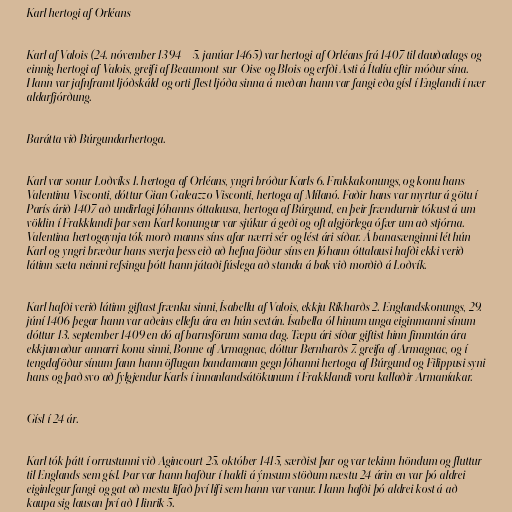
Karl hertogi af Orléans

Karl af Valois (24. nóvember 1394 – 5. janúar 1465) var hertogi af Orléans frá 1407 til dauðadags og
einnig hertogi af Valois, greifi af Beaumont-sur-Oise og Blois og erfði Asti á Ítalíu eftir móður sína.
Hann var jafnframt ljóðskáld og orti flest ljóða sinna á meðan hann var fangi eða gísl í Englandi í nær
aldarfjórðung.

Barátta við Búrgundarhertoga.

Karl var sonur Loðvíks 1. hertoga af Orléans, yngri bróður Karls 6. Frakkakonungs, og konu hans
Valentinu Visconti, dóttur Gian Galeazzo Visconti, hertoga af Mílanó. Faðir hans var myrtur á götu í
París árið 1407 að undirlagi Jóhanns óttalausa, hertoga af Búrgund, en þeir frændurnir tókust á um
völdin í Frakklandi þar sem Karl konungur var sjúkur á geði og oft algjörlega ófær um að stjórna.
Valentina hertogaynja tók morð manns síns afar nærri sér og lést ári síðar. Á banasænginni lét hún
Karl og yngri bræður hans sverja þess eið að hefna föður síns en Jóhann óttalausi hafði ekki verið
látinn sæta neinni refsingu þótt hann játaði fúslega að standa á bak við morðið á Loðvík.

Karl hafði verið látinn giftast frænku sinni, Ísabellu af Valois, ekkju Ríkharðs 2. Englandskonungs, 29.
júní 1406 þegar hann var aðeins ellefu ára en hún sextán. Ísabella ól hinum unga eiginmanni sínum
dóttur 13. september 1409 en dó af barnsförum sama dag. Tæpu ári síðar giftist hinn fimmtán ára
ekkjumaður annarri konu sinni, Bonne af Armagnac, dóttur Bernharðs 7. greifa af Armagnac, og í
tengdaföður sínum fann hann öflugan bandamann gegn Jóhanni hertoga af Búrgund og Filippusi syni
hans og það svo að fylgjendur Karls í innanlandsátökunum í Frakklandi voru kallaðir Armaníakar.

Gísl í 24 ár.

Karl tók þátt í orrustunni við Agincourt 25. október 1415, særðist þar og var tekinn höndum og fluttur
til Englands sem gísl. Þar var hann hafður í haldi á ýmsum stöðum næstu 24 árin en var þó aldrei
eiginlegur fangi og gat að mestu lifað því lífi sem hann var vanur. Hann hafði þó aldrei kost á að
kaupa sig lausan því að Hinrik 5.